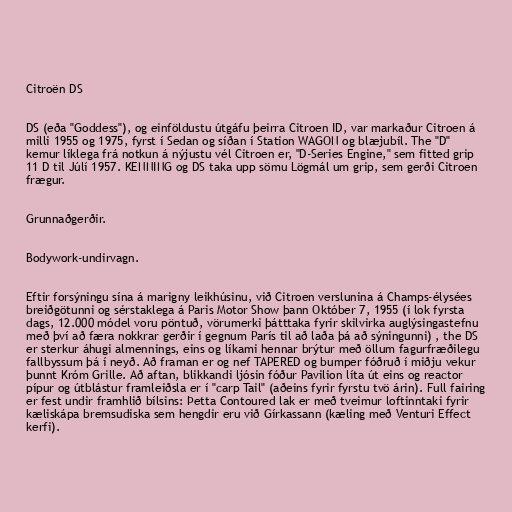
Citroën DS

DS (eða "Goddess"), og einföldustu útgáfu þeirra Citroen ID, var markaður Citroen á
milli 1955 og 1975, fyrst í Sedan og síðan í Station WAGON og blæjubíl. The "D"
kemur líklega frá notkun á nýjustu vél Citroen er, "D-Series Engine," sem fitted grip
11 D til Júlí 1957. KENNING og DS taka upp sömu Lögmál um grip, sem gerði Citroen
frægur.

Grunnaðgerðir.

Bodywork-undirvagn.

Eftir forsýningu sína á marigny leikhúsinu, við Citroen verslunina á Champs-élysées
breiðgötunni og sérstaklega á Paris Motor Show þann Október 7, 1955 (í lok fyrsta
dags, 12.000 módel voru pöntuð, vörumerki þátttaka fyrir skilvirka auglýsingastefnu
með því að færa nokkrar gerðir í gegnum París til að laða þá að sýningunni) , the DS
er sterkur áhugi almennings, eins og líkami hennar brýtur með öllum fagurfræðilegu
fallbyssum þá í neyð. Að framan er og nef TAPERED og bumper fóðruð í miðju vekur
þunnt Króm Grille. Að aftan, blikkandi ljósin fóður Pavilion líta út eins og reactor
pípur og útblástur framleiðsla er í "carp Tail" (aðeins fyrir fyrstu tvö árin). Full fairing
er fest undir framhlið bílsins: Þetta Contoured lak er með tveimur loftinntaki fyrir
kæliskápa bremsudiska sem hengdir eru við Gírkassann (kæling með Venturi Effect
kerfi).